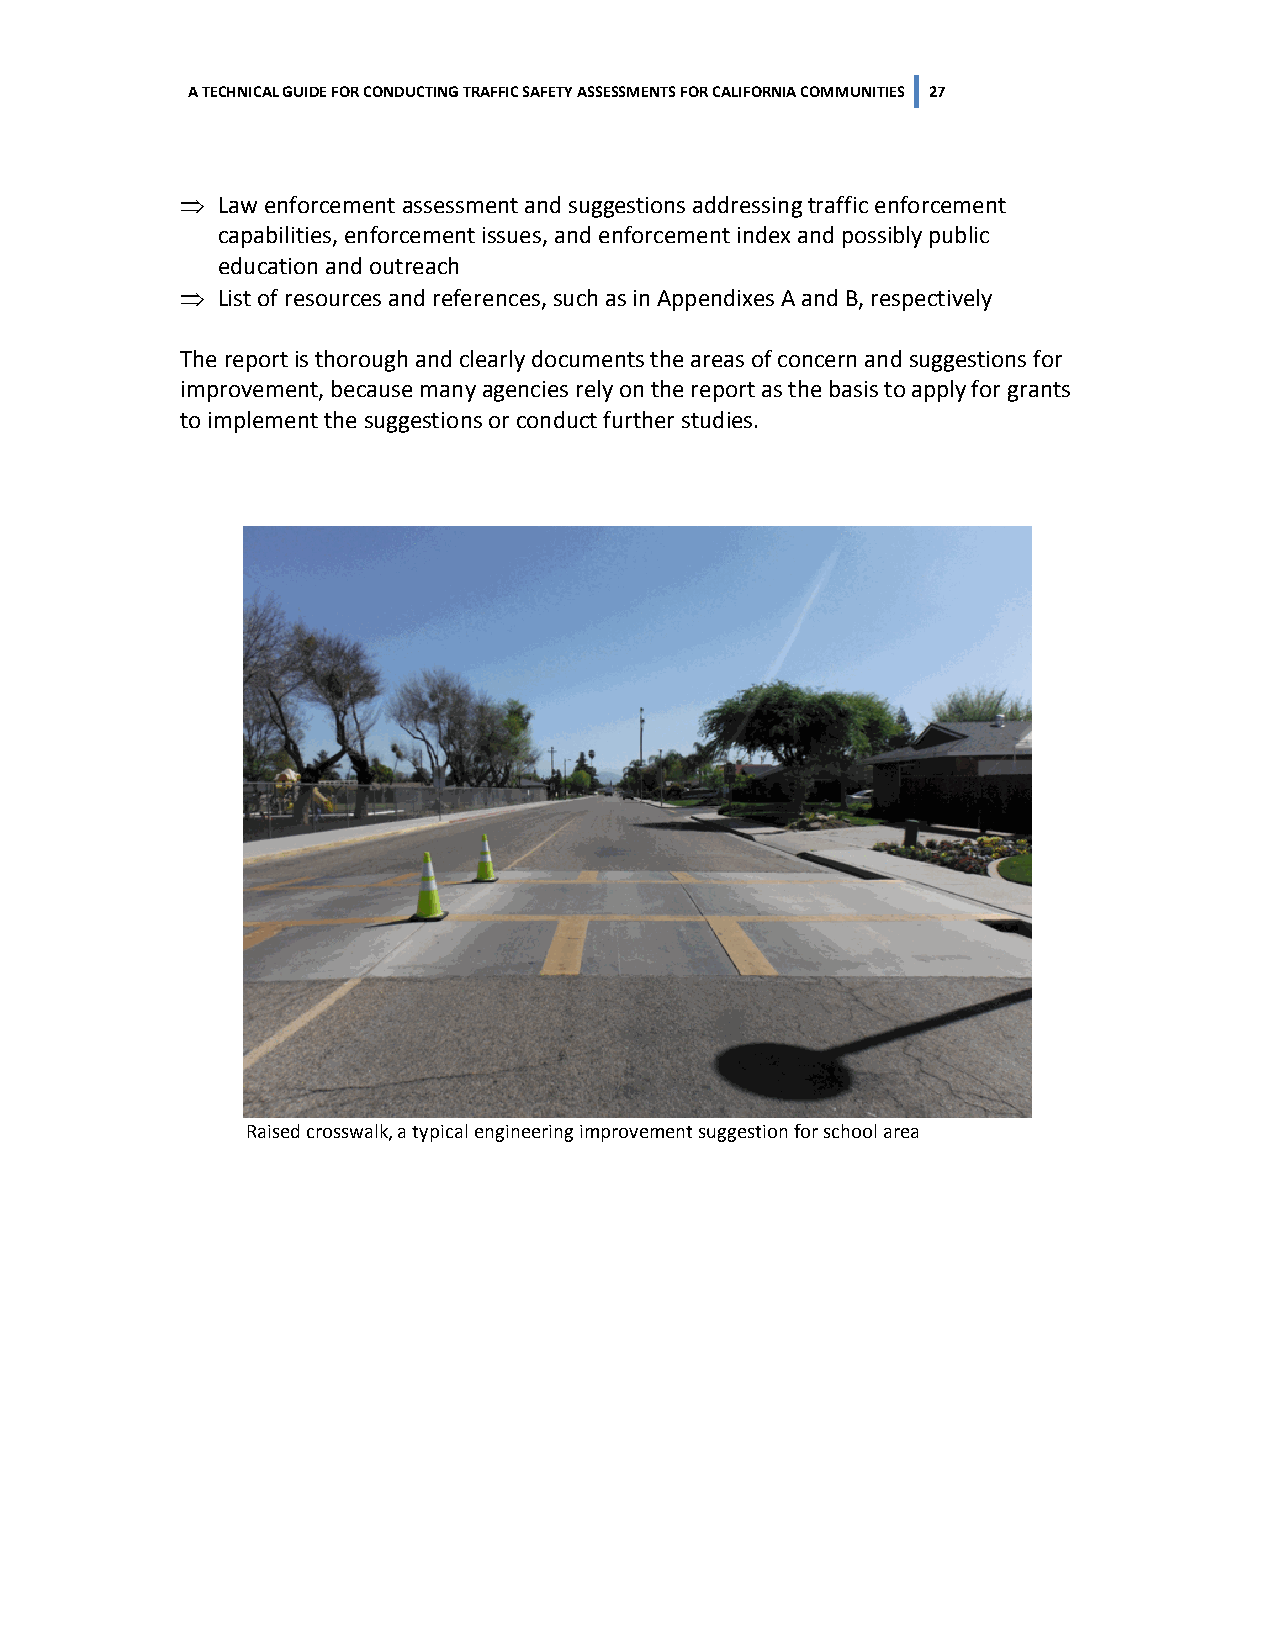
A TECHNICAL GUIDE FOR CONDUCTING TRAFFIC SAFETY ASSESSMENTS FOR CALIFORNIA COMMUNITIES 27
 ⇒ Law enforcement assessment and suggestions addressing traffic enforcement
 capabilities, enforcement issues, and enforcement index and possibly public
 education and outreach
 ⇒ List of resources and references, such as in Appendixes A and B, respectively
 The report is thorough and clearly documents the areas of concern and suggestions for
 improvement, because many agencies rely on the report as the basis to apply for grants
 to implement the suggestions or conduct further studies.
 Raised crosswalk, a typical engineering improvement suggestion for school area